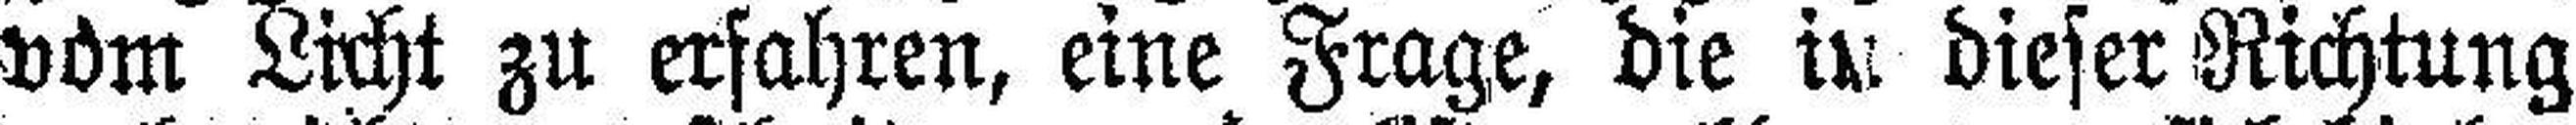
vom Licht zu erfahren, eine Frage, die in dieser Richtung